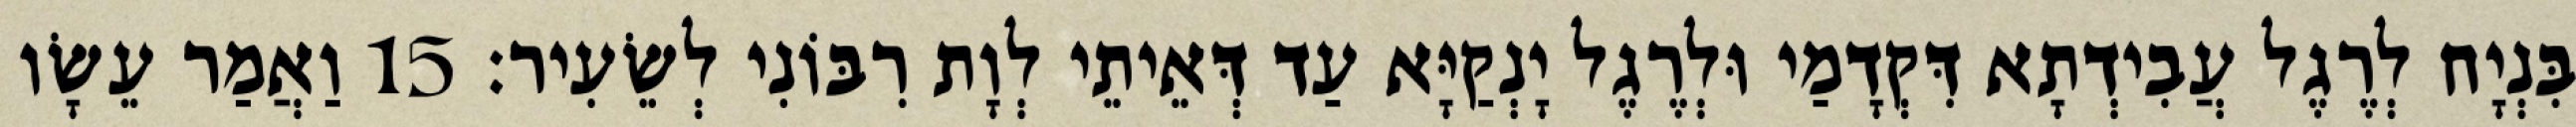
בִּנְיָח לְרֶגֶל עֲבִידְתָא דִּקְדָמַי וּלְרֶגֶל יָנְקַיָּא עַד דְּאֵיתֵי לְוָת רִבּוֹנִי לְשֵׂעִיר׃ 15 וַאֲמַר עֵשָׂו